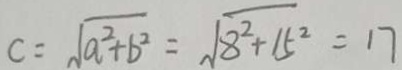
C = \sqrt { a ^ { 2 } + b ^ { 2 } } = \sqrt { 8 ^ { 2 } + 1 5 ^ { 2 } } = 1 7